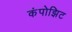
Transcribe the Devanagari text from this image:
कंपोझिट